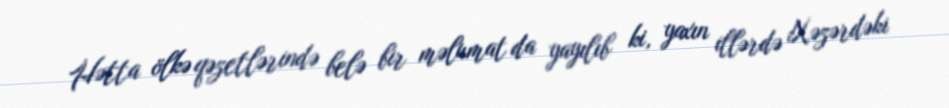
Hətta ölkə qəzetlərində belə bir məlumat da yayılıb ki, yaxın illərdə Xəzərdəki